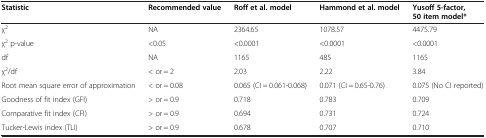
| Statistic | Recommended value | Roff et al. model | Hammond et al. model | Yusoff 5-factor, 50 item model* |
 | --- | --- | --- | --- | --- |
 | χ2 | NA | 2364.65 | 1078.57 | 4475.79 |
 | χ2 p-value | <0.05 | <0.0001 | <0.0001 | <0.0001 |
 | df | NA | 1165 | 485 | 1165 |
 | χ2/df | < or = 2 | 2.03 | 2.22 | 3.84 |
 | Root mean square error of approximation | < or = 0.08 | 0.065 (CI = 0.061-0.068) | 0.071 (CI = 0.65-0.76) | 0.075 (No CI reported) |
 | Goodness of fit index (GFI) | > or = 0.9 | 0.718 | 0.783 | 0.709 |
 | Comparative fit index (CFI) | > or = 0.9 | 0.694 | 0.731 | 0.724 |
 | Tucker-Lewis index (TLI) | > or = 0.9 | 0.678 | 0.707 | 0.710 |